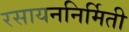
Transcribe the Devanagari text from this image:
रसायननिर्मिती